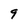
Character: 9